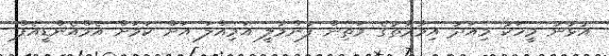
އުޅުނު މީހަކު މިއަދު އިމާރާތުގެ މަތިން ފުންމާލީ އަމިއްލަ އަށް ކަމަށް އެމްއެންޑީއެފް